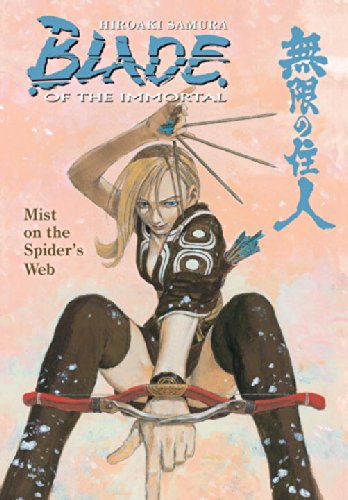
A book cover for Blade of the Immortal Volume 27: Mist on the Spider's Web; Hiroaki Samura; Comics & Graphic Novels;